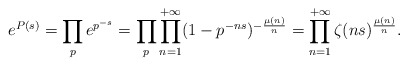
\begin{align*} e^{P(s)}=\prod_p e^{p^{-s}}=\prod_p \prod_{n=1}^{+\infty} (1-p^{-ns})^{-\frac{\mu(n)}{n}}=\prod_{n=1}^{+\infty} \zeta(ns)^{\frac{\mu(n)}{n}}.\end{align*}